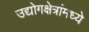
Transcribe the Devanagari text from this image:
उद्योगक्षेत्रांमध्ये